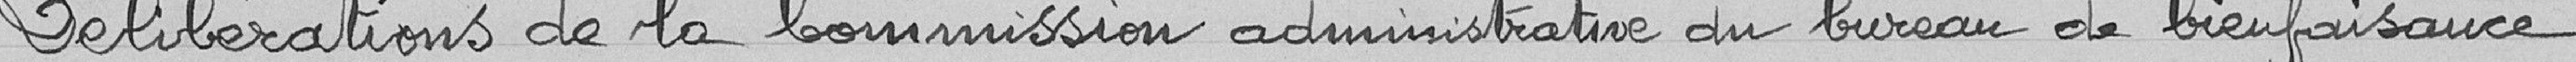
Délibérations de la Commission administrative du bureau de bienfaisance